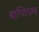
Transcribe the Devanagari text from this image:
बाप्तिज़्म